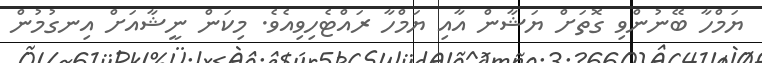
ޔަމްހާ ބޭނުންވި ގޮތަށް ޔަޝާން އާއި ޔަމްހާ ރައްޓެހިވިއެވެ. މިކަން ނީޝާއަށް އިނގުމުން